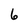
Character: 6